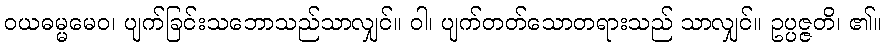
ဝယဓမ္မမေဝ၊ ပျက်ခြင်းသဘောသည်သာလျှင်။ ဝါ၊ ပျက်တတ်သောတရားသည် သာလျှင်။ ဥပ္ပဇ္ဇတိ၊ ၏။